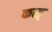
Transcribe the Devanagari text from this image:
कस्